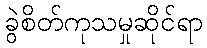
ခွဲစိတ်ကုသမှုဆိုင်ရာ